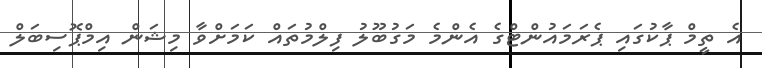
އެ ތީމް ޕާކުގައި ޕެރަމައުންޓްގެ އެންމެ މަގުބޫލު ފިލްމުތައް ކަމަށްވާ މިޝަން އިމްޕޮސިބަލް